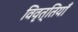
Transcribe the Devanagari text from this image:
विवृत्तियाँ